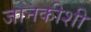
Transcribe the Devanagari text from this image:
जानकीशी